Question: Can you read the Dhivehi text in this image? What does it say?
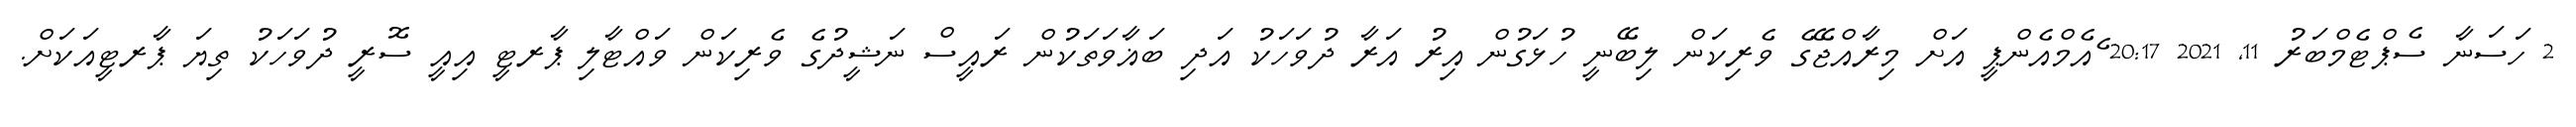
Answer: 2 ހަސަނާ ސެޕްޓެމްބަރު 11, 2021 20:17 ެއެމްއެންޕީ އަށް މިރާއްޖޭގެ ވެރިކަން ލިބޭނީ ހުޅަގުން އިރު އަރާ ދުވަހަކު އަދި ބަޣާވަތަކުން ރައީސް ނަޝީދުގެ ވެރިކަން ވައްޓާލި ޕާރޓީ އިއީ ސޮރީ ދުވަހަކު ތިޔަ ޕާރޓީއަކަށް.